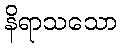
နိရာသသော